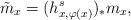
LaTeX: \begin{align*}\tilde{m}_{ {x}}=(h^s_{ {x},\varphi( {x})})_* {m}_{ {x}},\end{align*}